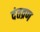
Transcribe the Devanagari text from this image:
दंतव्रण